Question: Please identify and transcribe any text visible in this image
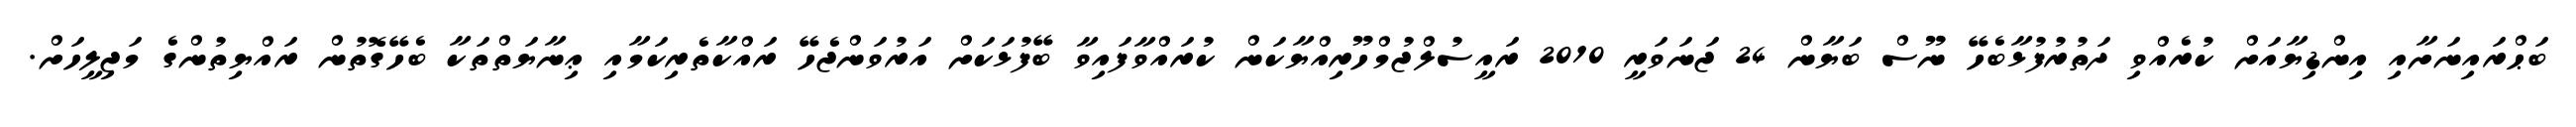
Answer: ބަޙްރައިނަށާއި އިންޑިޔާއަށް ކުރެއްވި ދަތުރުފުޅާބެހޭ ނޫސް ބަޔާން 24 ޖަނަވަރީ 2010 ރައީސުލްޖުމްހޫރިއްޔާކަން ކުރައްވާފައިވާ ބޭފުޅަކަށް އަރުވަންޖެހޭ ރައްކާތެރިކަމާއި ޢިނާޔަތްތަކާ ބެހޭގޮތުން ރައްޔިތުންގެ މަޖިލީހަށް.